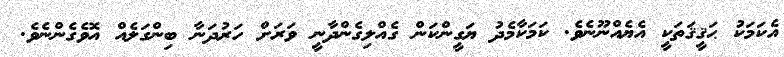
އެކަމަކު ޙަޤީޤަތަކީ އެޔެއްނޫނެވެ. ކަމަކާމެދު ޔަގީންކަން ގެއްލިގެންދާނީ ވަރަށް ހަރުދަނާ ބިންގަލެއް އޮވެގެންނެވެ.